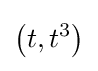
\left(t,t^{3}\right)